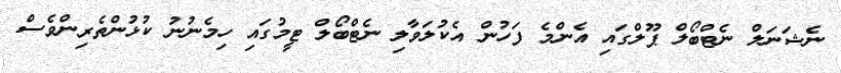
ނެޝަނަލް ނެޓްބޯލް ޕޫލްގައި އެންމެ ފަހުން އެކުލަވާލި ނެޓްބޯލް ޓީމުގައި ހިމެނުނު ކުޅުންތެރިންވެސް